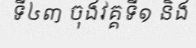
ទី៤៣ ចុងវគ្គទី១ និង